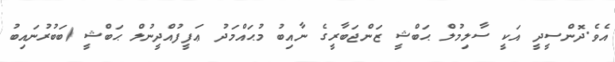
އެވެ.ދޮންސީދީ އަކީ ސާލިމުލް ޙަބްޝީ ޒަންޖަބާރީގެ ނާއިބު މުޙައްމަދު ޢަފީފުއްދީނުލް ޙަބްޝީ (ބަބުރުނައިބު